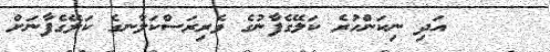
٥     އަދި ނިކަންހުރެ ކަލޭގެފާނުގެ ވެރިރަސްކަލާނގެ ކަލޭގެފާނަށް